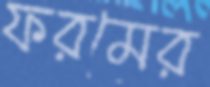
ফরমের